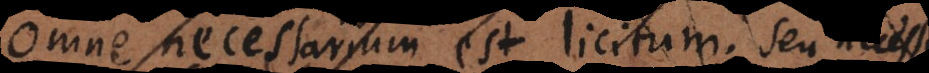
Omne necessarium est licitum; seu neces